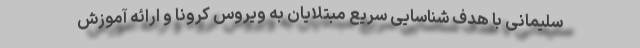
سلیمانی با هدف شناسایی سریع مبتلایان به ویروس کرونا و ارائه آموزش